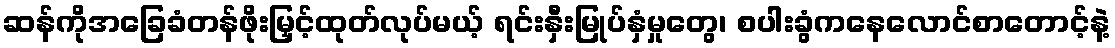
ဆန်ကိုအခြေခံတန်ဖိုးမြှင့်ထုတ်လုပ်မယ့် ရင်းနှီးမြုပ်နှံမှုတွေ၊ စပါးခွံကနေလောင်စာတောင့်နဲ့